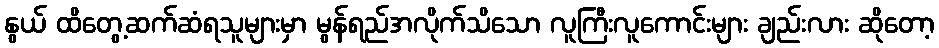
နွယ် ထိတွေ့ဆက်ဆံရသူများမှာ မွန်ရည်အလိုက်သိသော လူကြီးလူကောင်းများ ချည်းလား ဆိုတော့